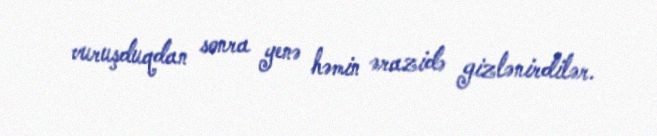
vuruşduqdan sonra yenə həmin ərazidə gizlənirdilər.